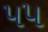
પ૫